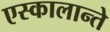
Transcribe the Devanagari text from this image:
एस्कालान्ते